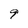
Character: 9